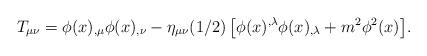
LaTeX: \begin{align*}T_{\mu\nu} = \phi(x)_{,\mu}\phi(x)_{,\nu} - \eta_{\mu\nu}(1/2)\left[\phi(x)^{,\lambda}\phi(x)_{,\lambda} + m^2 \phi^2(x)\right]\!.\end{align*}